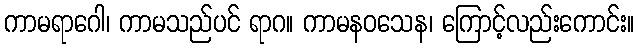
ကာမရာဂေါ၊ ကာမသည်ပင် ရာဂ။ ကာမနဝသေန၊ ကြောင့်လည်းကောင်း။